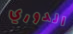
الدوري